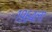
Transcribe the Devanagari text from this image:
१९६४ला